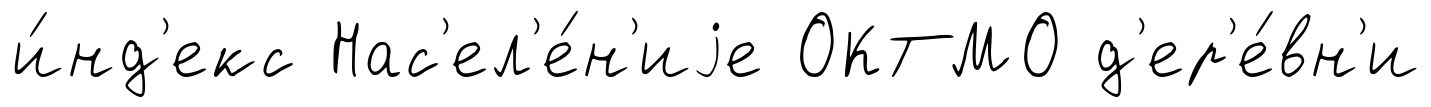
и́нд'екс Нас'ел'е́н'иjе ОКТМО д'ер'е́вн'и